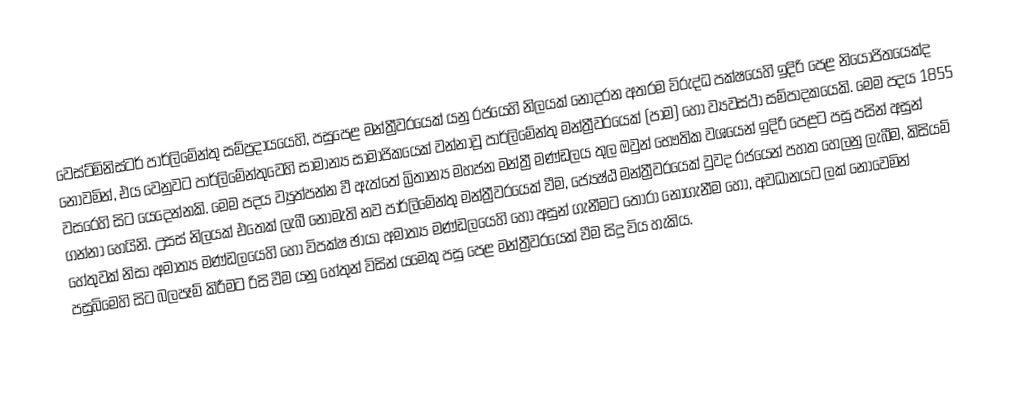
වෙස්ට්මිනිස්ටර් පාර්ලිමේන්තු සම්ප්‍රදායයෙහි, පසුපෙළ මන්ත්‍රීවරයෙක්  යනු රජයෙහි නිලයක් නොදරන  අතරම විරුද්ධ පක්ෂයෙහි ඉදිරි පෙළ නියෝජිතයෙක්ද නොවමින්, එය වෙනුවට පාර්ලිමේන්තුවෙහි සාමාන්‍ය සාමාජිකයෙක් වන්නාවූ පාර්ලිමේන්තු මන්ත්‍රීවරයෙක් (පාම) හෝ ව්‍යවස්ථා සම්පාදකයෙකි. මෙම පදය 1855 වසරෙහි සිට යෙදෙන්නකි. මෙම පදය ව්‍යුත්පන්න වී ඇත්තේ බ්‍රිතාන්‍ය මහජන මන්ත්‍රී මණ්ඩලය	 තුල ඔවුන් භෞතික වශයෙන් ඉදිරි පෙළට පසු පසින් අසුන් ගන්නා හෙයිනි. උසස් නිලයක් එතෙක් ලැබී නොමැති නව පාර්ලිමේන්තු මන්ත්‍රීවරයෙක් වීම, ජ්‍යෙෂ්ඨ මන්ත්‍රීවරයෙක් වුවද රජයෙන් පහත හෙලනු ලැබීම, කිසියම් හේතුවක් නිසා අමාත්‍ය මණ්ඩලයෙහි හෝ විපක්ෂ ඡායා අමාත්‍ය මණ්ඩලයෙහි හෝ අසුන් ගැනීමට තෝරා නොගැනීම හෝ, අවධානයට ලක් නොවෙමින් පසුබිමෙහි සිට බලපෑම් කිරීමට රිසි වීම යනු හේතුන් විසින් යමෙකු පසු පෙළ මන්ත්‍රීවරයෙක් වීම සිදු විය හැකිය.